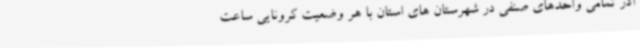
آذر تمامی واحدهای صنفی در شهرستان های استان با هر وضعیت کرونایی ساعت